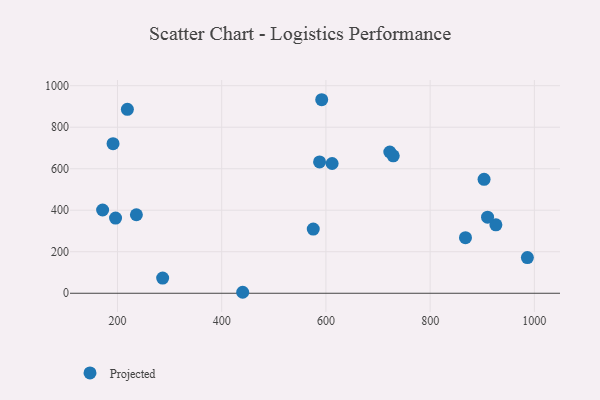
{"axis": {"x": "Study Hours", "y": "Exam Score"}, "legend": ["Projected"], "data": [{"x": "440.3", "y": 4.7, "type": "Projected"}, {"x": "575.7", "y": 309.3, "type": "Projected"}, {"x": "986.6", "y": 171.9, "type": "Projected"}, {"x": "903.5", "y": 548.8, "type": "Projected"}, {"x": "196.3", "y": 362.1, "type": "Projected"}, {"x": "926.2", "y": 329.6, "type": "Projected"}, {"x": "722.6", "y": 680.6, "type": "Projected"}, {"x": "191.5", "y": 720.5, "type": "Projected"}, {"x": "729.2", "y": 662.0, "type": "Projected"}, {"x": "219.0", "y": 886.3, "type": "Projected"}, {"x": "611.9", "y": 625.1, "type": "Projected"}, {"x": "171.5", "y": 401.2, "type": "Projected"}, {"x": "236.3", "y": 378.3, "type": "Projected"}, {"x": "286.7", "y": 73.0, "type": "Projected"}, {"x": "591.9", "y": 932.4, "type": "Projected"}, {"x": "910.2", "y": 366.4, "type": "Projected"}, {"x": "867.8", "y": 267.9, "type": "Projected"}, {"x": "587.8", "y": 632.8, "type": "Projected"}]}